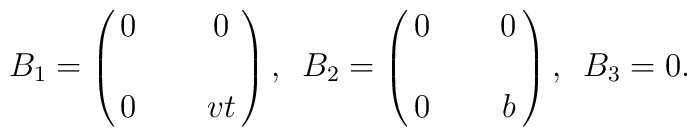
B_1 = \pmatrix{0 & \, &  0 \cr \, & \, & \, \cr 0 & \, & vt}, \,\,\, B_2 = \pmatrix{0 & \, & 0 \cr \, & \, & \, \cr 0 & \, & b}, \,\,\, B_3 = 0.